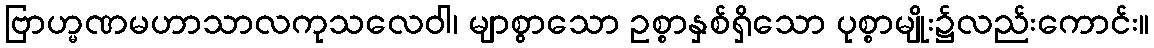
ဗြာဟ္မဏမဟာသာလကုသလေဝါ၊ မျာစွာသော ဥစ္စာနှစ်ရှိသော ပုစ္စာမျိုး၌လည်းကောင်း။